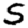
Digit: 5